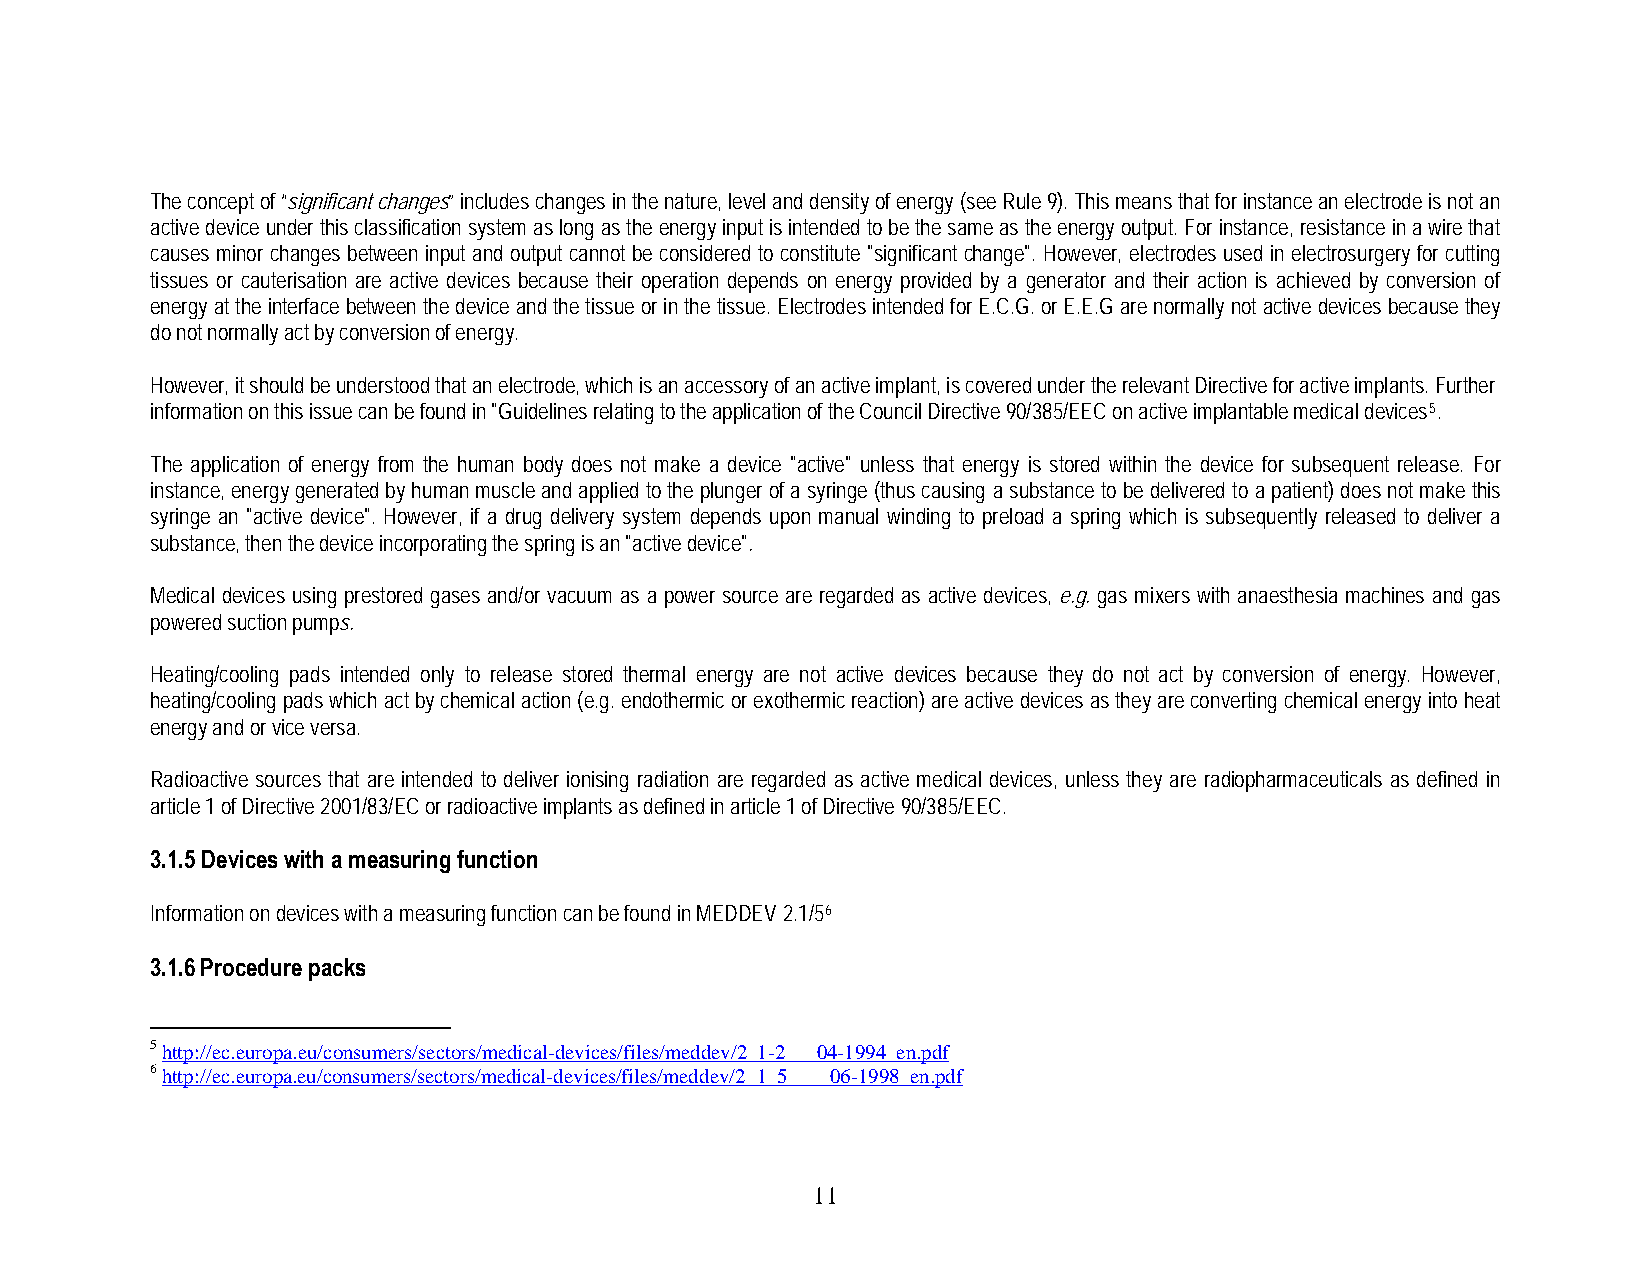
The concept of “significant changes” includes changes in the nature, level and density of energy (see Rule 9). This means that for instance an electrode is not an
 active device under this classification system as long as the energy input is intended to be the same as the energy output. For instance, resistance in a wire that
 causes minor changes between input and output cannot be considered to constitute "significant change". However, electrodes used in electrosurgery for cutting
 tissues or cauterisation are active devices because their operation depends on energy provided by a generator and their action is achieved by conversion of
 energy at the interface between the device and the tissue or in the tissue. Electrodes intended for E.C.G. or E.E.G are normally not active devices because they
 do not normally act by conversion of energy.
 However, it should be understood that an electrode, which is an accessory of an active implant, is covered under the relevant Directive for active implants. Further
 information on this issue can be found in "Guidelines relating to the application of the Council Directive 90/385/EEC on active implantable medical devices5.
 The application of energy from the human body does not make a device "active" unless that energy is stored within the device for subsequent release. For
 instance, energy generated by human muscle and applied to the plunger of a syringe (thus causing a substance to be delivered to a patient) does not make this
 syringe an "active device". However, if a drug delivery system depends upon manual winding to preload a spring which is subsequently released to deliver a
 substance, then the device incorporating the spring is an "active device".
 Medical devices using prestored gases and/or vacuum as a power source are regarded as active devices, e.g. gas mixers with anaesthesia machines and gas
 powered suction pumps.
 Heating/cooling pads intended only to release stored thermal energy are not active devices because they do not act by conversion of energy. However,
 heating/cooling pads which act by chemical action (e.g. endothermic or exothermic reaction) are active devices as they are converting chemical energy into heat
 energy and or vice versa.
 Radioactive sources that are intended to deliver ionising radiation are regarded as active medical devices, unless they are radiopharmaceuticals as defined in
 article 1 of Directive 2001/83/EC or radioactive implants as defined in article 1 of Directive 90/385/EEC.
 3.1.5 Devices with a measuring function
 Information on devices with a measuring function can be found in MEDDEV 2.1/56
 3.1.6 Procedure packs
 5 http://ec.europa.eu/consumers/sectors/medical-devices/files/meddev/2_1-2___04-1994_en.pdf
 6 http://ec.europa.eu/consumers/sectors/medical-devices/files/meddev/2_1_5____06-1998_en.pdf
 1 1